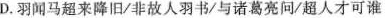
D.羽闻马超来降旧/非故人羽书/与诸葛亮问/超人才可谁